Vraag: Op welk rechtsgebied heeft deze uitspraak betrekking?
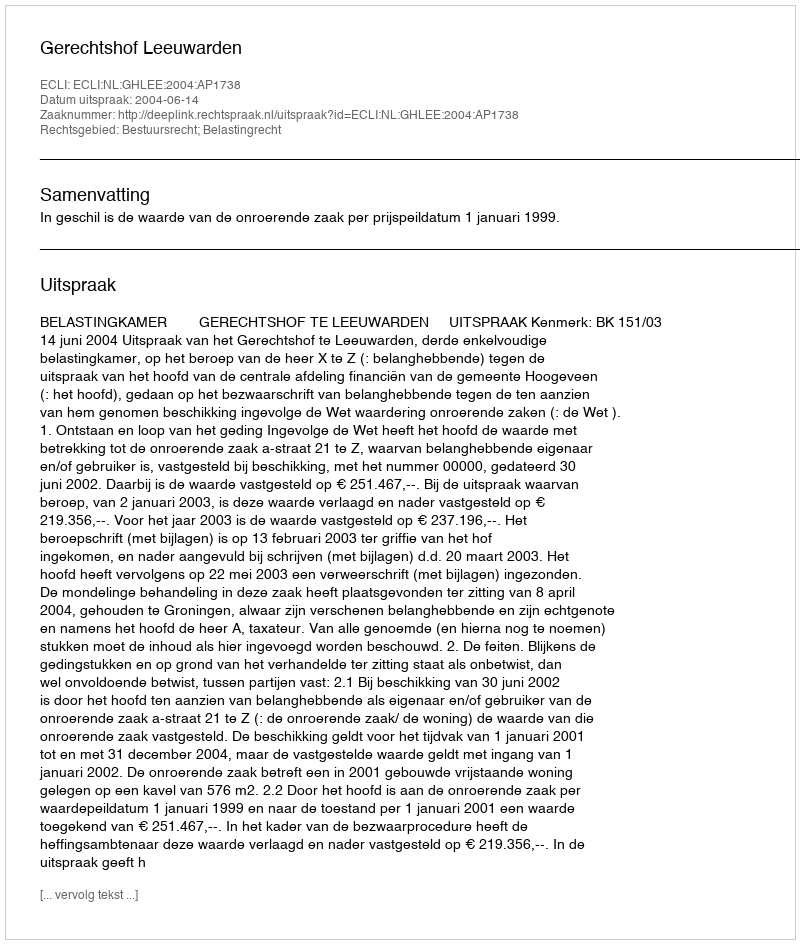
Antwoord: Bestuursrecht; Belastingrecht